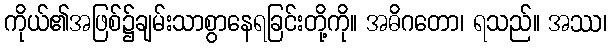
ကိုယ်၏အဖြစ်၌ချမ်းသာစွာနေရခြင်းတို့ကို။ အဓိဂတော၊ ရသည်။ အဿ၊